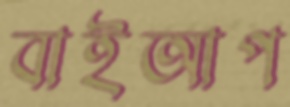
বাইআপ